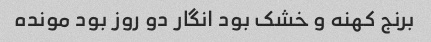
برنج کهنه و خشک بود انگار دو روز بود مونده